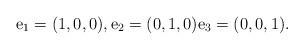
LaTeX: \begin{align*}\textrm{e}_1=(1,0,0), \textrm{e}_2=(0,1,0)\textrm{e}_3=(0,0,1).\end{align*}